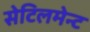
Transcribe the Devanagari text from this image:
सेटिलमेन्ट